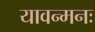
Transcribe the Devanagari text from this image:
यावन्मनः